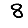
Digit: 8